Report on vaccination in Madras 1904-1921 - 1904-1921
Year: 1904
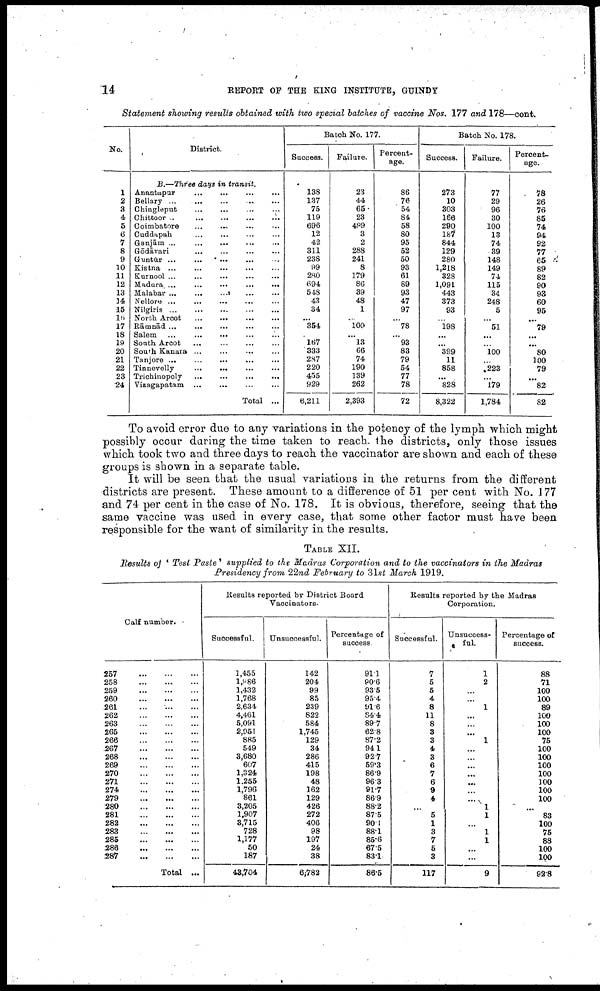
14
REPORT OF THE KING INSTITUTE, GUINDY
Statement showing results obtained with two special batches of vaccine Nos. 177 and 178—cont.
No.
1
2
3
4
5
6
7
8
9
10
11
12
13
14
15
16
17
18
19
20
21
22
23
24
District.
B.—Three days in transit.
Anantapur
...
...
...
...
Bellary ...
...
...
...
...
Chingleput ... ... ... ...
Chittoor
...
...
...
...
...
Coimbatore ... ... ... ...
Cuddapah
...
...
...
......
Ganjām ...
...
...
...
...
Gōdāvari
... ... ... ...
Guntūr
... ... ... ... ...
Kistna ... ... ... ... ...
Kurnool ...
...
...
...
...
Madura ...
...
...
...
...
Malabar ...
...
...
...
...
Nellore ...
...
...
...
...
Nilgiris ... ... ... ... ...
North Arcot
...
...
...
...
Rāmnād ...
... ... ... ...
Salem ... ... ... ... ...
South Arcot
...
...
...
...
South Kanara
...
...
...
...
Tanjore ...
...
...
...
...
Tinnevelly
...
...
...
...
Trichinopoly
...
...
...
...
Vizagapatam ... ... ... ...
Total ...
Batch No. 177.
Success.
138
137
75
119
696
12
42
311
238
99
280
694
548
43
34
...
354
...
167
333
287
220
455
929
6,211
Failure.
23
44
65
23
499
3
2
288
241
8
179
86
39
48
1
...
100
...
13
66
74
190
139
262
2,393
Percent
age.
86
76
54
84
58
80
95
52
50
93
61
89
93
47
97
...
78
...
93
83
79
54
77
78
72
Batch No. 178.
Success.
273
10
303
166
290
187
844
129
280
1,218
328
1,091
443
373
93
...
198
...
...
399
11
858
...
828
8,322
Failure.
77
29
96
30
100
13
74
39
148
149
74
115
34
248
5
...
51
...
...
100
...
223
...
179
1,784
Percent
age.
78
26
76
85
74
94
92
77
65
89
82
90
93
60
95
...
79
...
...
80
100
79
...
82
82
To avoid error due to any variations in the potency of the lymph which might
possibly occur during the time taken to reach the districts, only those issues
which took two and three days to reach the vaccinator are shown and each of these
groups is shown in a separate table.
It will be seen that the usual variations in the returns from the different
districts are present. These amount to a difference of 51 per cent with No. 177
and 74 per cent in the case of No. 178. It is obvious, therefore, seeing that the
same vaccine was used in every case, that some other factor must have been
responsible for the want of similarity in the results.
TABLE XII.
Results of ' Test Paste' supplied to the Madras Corporation and to the vaccinators in the Madras
Presidency from 22nd February to 31st March 1919.
Calf number.
257
...
...
...
258
...
...
...
259
...
...
...
260
...
...
...
261 ... ... ...
262
...
...
...
263
...
...
...
265
...
...
...
266
... ... ...
267
...
...
...
268
...
...
...
269
...
...
...
270
...
...
...
271
...
...
...
274
...
...
...
279
...
...
...
280
...
...
...
281
...
...
...
282
...
...
...
283
...
...
...
285
...
...
...
286
...
...
...
287
...
...
...
Total ...
Results reported by District Board
Vaccinators.
Successful.
1,455
1,986
1,432
1,768
2,634
4,461
5,091
2,951
885
549
3,680
607
1,324
1,255
1,796
861
3,205
1,907
3,715
728
1,177
50
187
48,704
Unsuccessful.
142
204
99
85
239
822
584
1,745
129
34
286
415
198
48
162
129
426
272
406
98
197
24
38
6,782
Percentage of
success.
91.1
90.6
93.5
95.4
91.6
84.4
89.7
62.8
87.2
94.1
92.7
59.3
86.9
96.3
91.7
86.9
88.2
87.5
90.1
88.1
85.6
67.5
83.1
86.5
Results reported by the Madras
Corporation.
Successful.
7
5
5
4
8
11
8
3
3
4
3
6
7
6
9
4
...
5
1
3
7
5
3
117
Unsuccess
ful.
1
2
...
...
1
...
...
...
1
...
...
...
...
...
...
...
1
1
...
1
1
...
...
9
Percentage of
success.
88
71
100
100
89
100
100
100
75
100
100
100
100
100
100
100
...
83
100
75
88
100
100
92.8